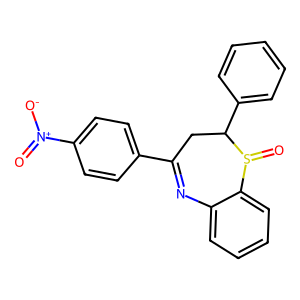
SMILES: O=[N+]([O-])c1ccc(C2=Nc3ccccc3S(=O)C(c3ccccc3)C2)cc1
Inhibits HIV replication: No